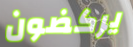
يركضون